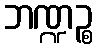
ဘဏ္ဍဉ္စ